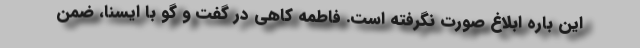
این باره ابلاغ صورت نگرفته است. فاطمه کاهی در گفت و گو با ایسنا، ضمن